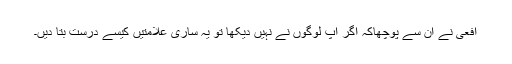
افعی نے ان سے پوچھاکہ اگر آپ لوگوں نے نہیں دیکھا تو یہ ساری علامتیں کیسے درست بتا دیں۔